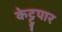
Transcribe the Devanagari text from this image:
केट्टुपार